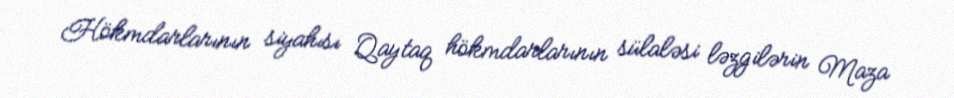
Hökmdarlarının siyahısı Qaytaq hökmdarlarının sülaləsi ləzgilərin Maza